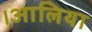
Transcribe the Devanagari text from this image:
।आलिया